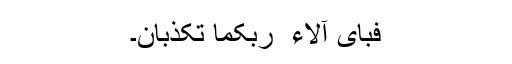
فَبِأَیِّ آلاء ِ رَبِّکُما تُکَذِّبانِ۔